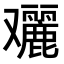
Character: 𠮔